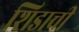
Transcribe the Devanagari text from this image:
शिडाची